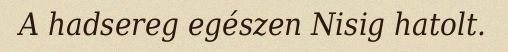
A hadsereg egészen Nisig hatolt.